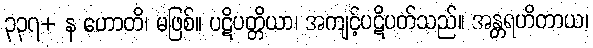
၃၃၇+ န ဟောတိ၊ မဖြစ်။ ပဋိပတ္တိယာ၊ အကျင့်ပဋိပတ်သည်။ အန္တရဟိတာယ၊